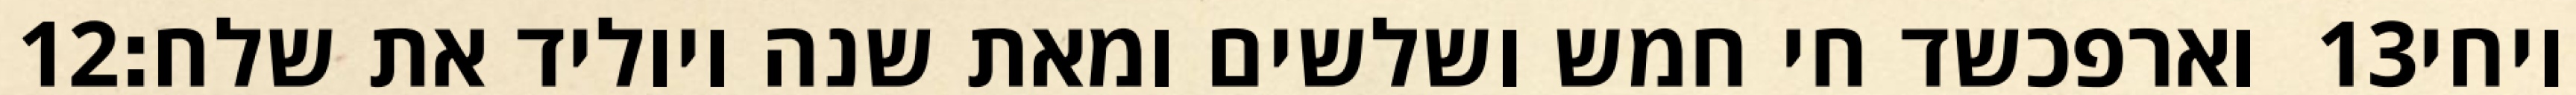
‎12‏ וארפכשד חי חמש ושלשים ומאת שנה ויוליד את שלח׃ ‎13‏ ויחי